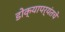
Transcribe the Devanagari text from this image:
डोक्यापर्यंतचे